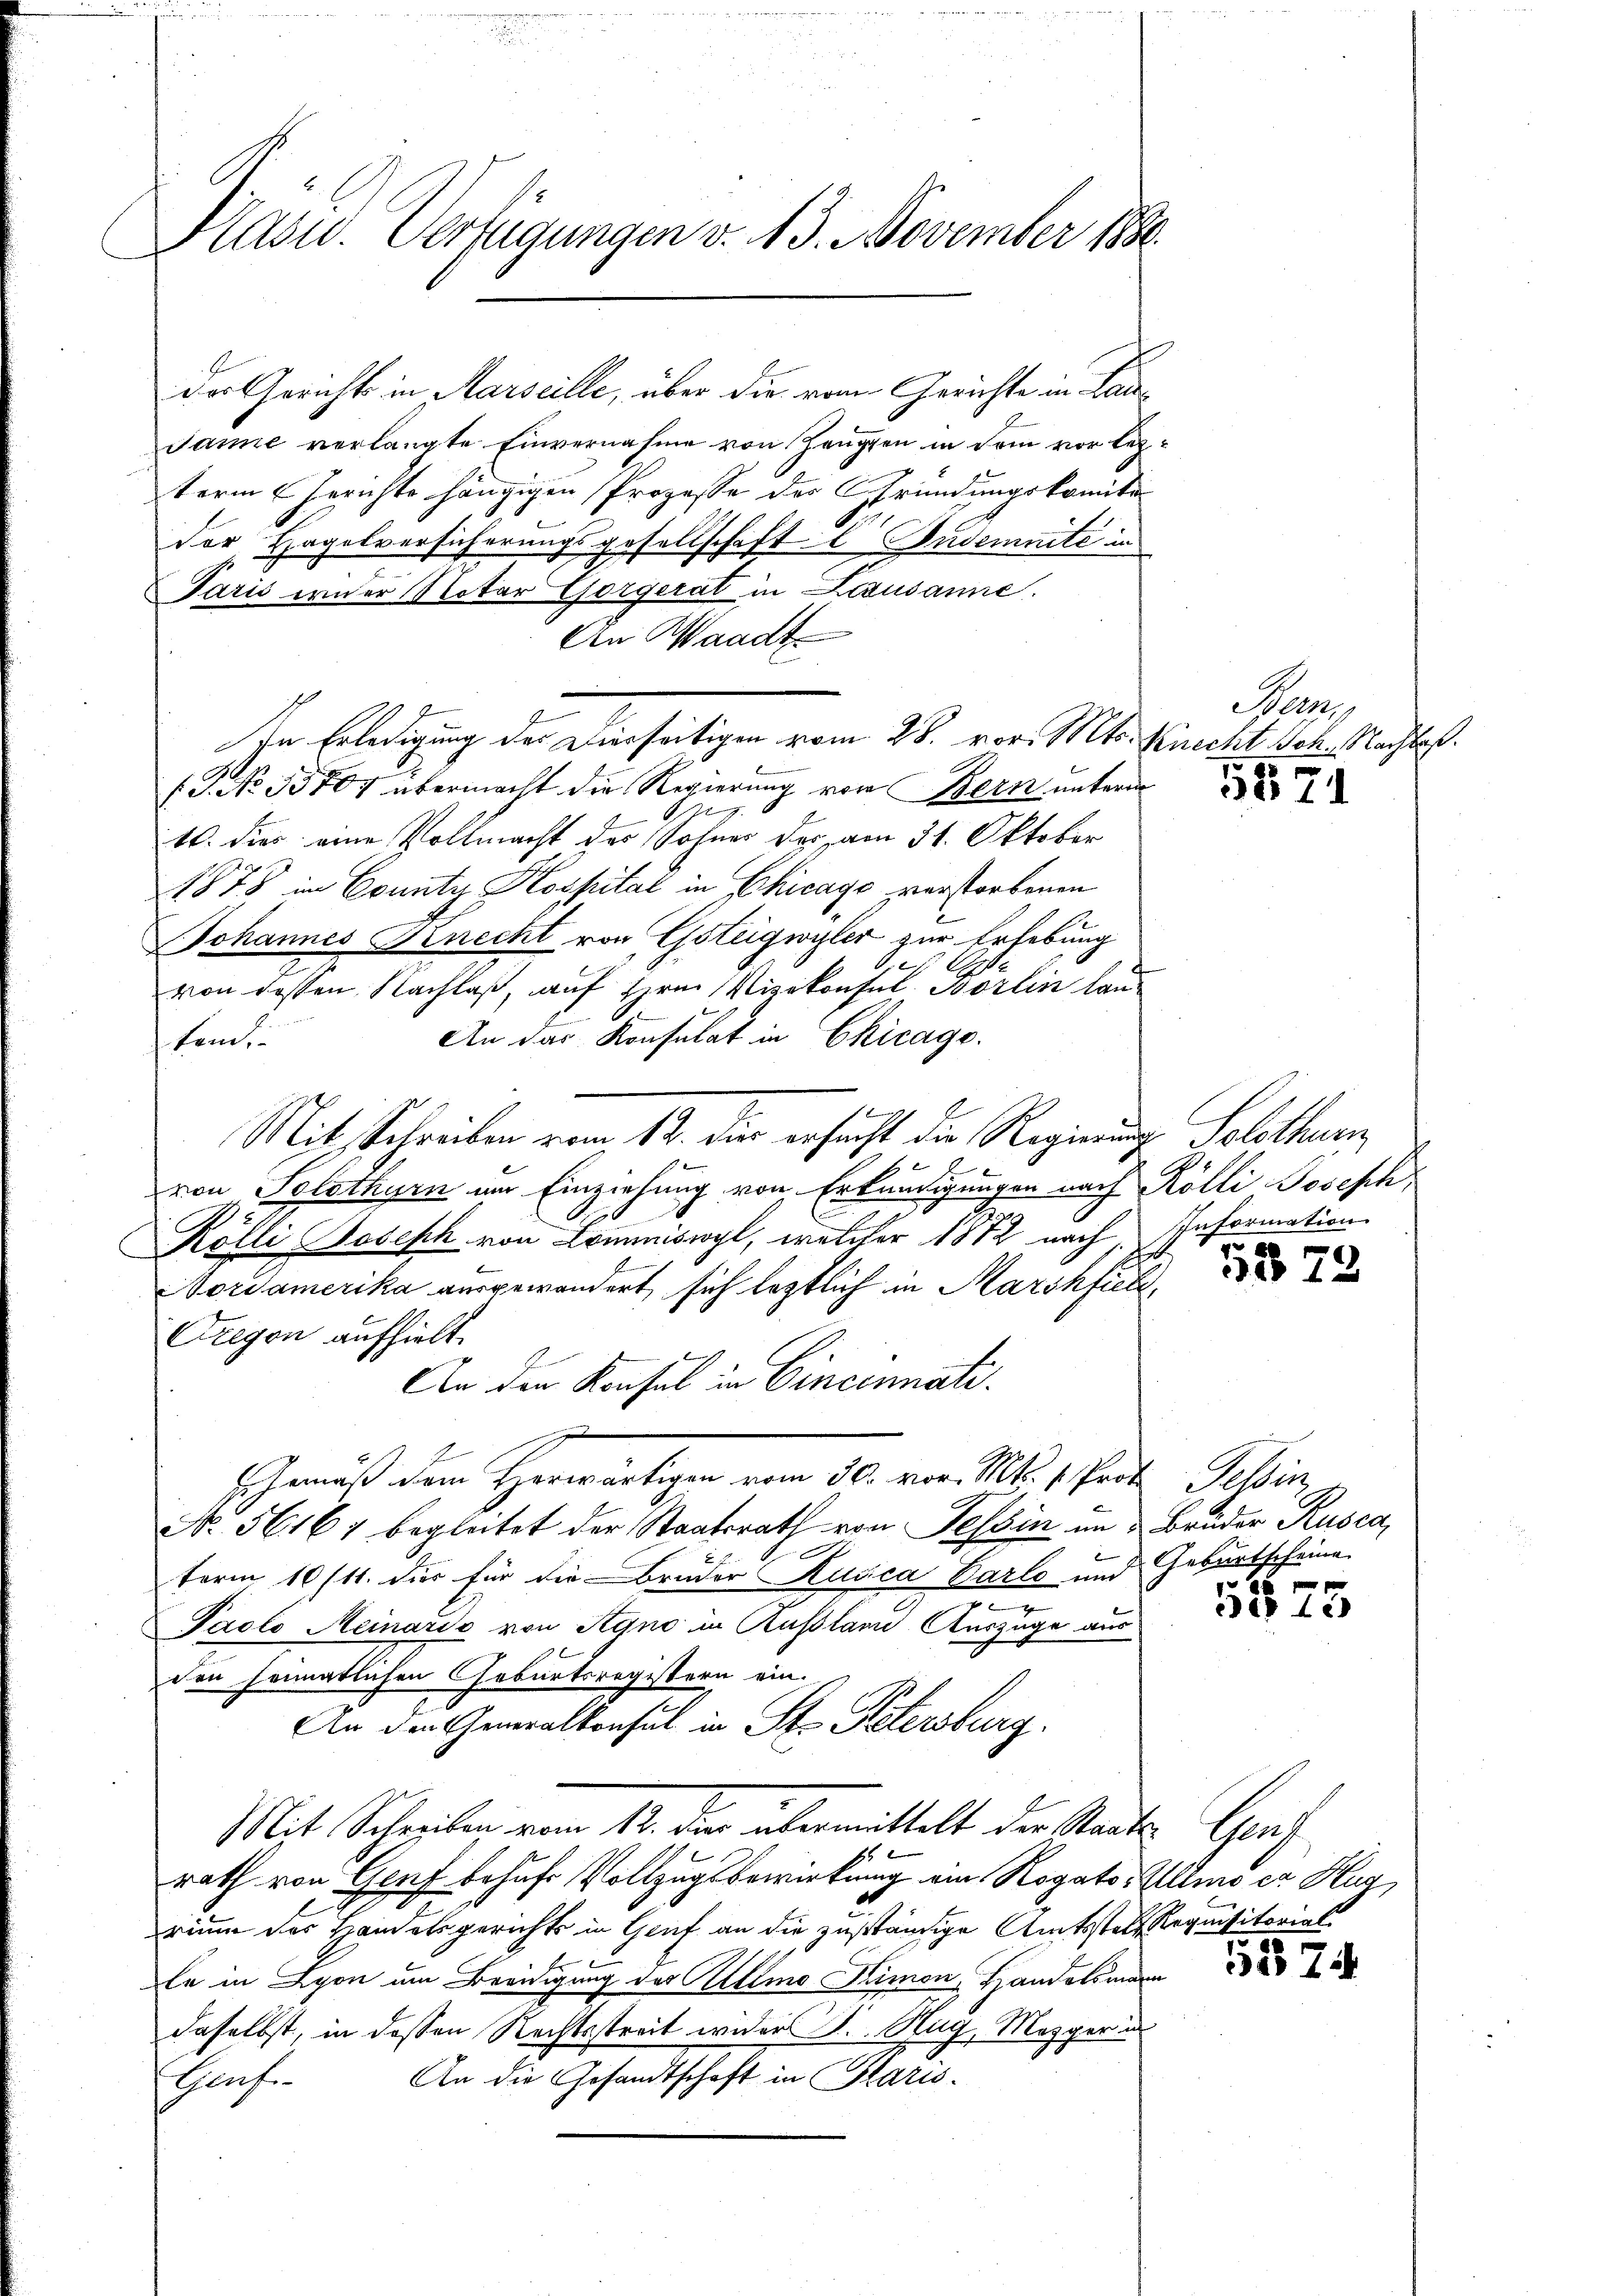
Präsid. Verfügungen v. 13. November 1890.

Der Gerichts in Marseille, über die vom Gerichte in Lade
Jamie verlangte Einvernahme von Zeugen in dem vor lezterm Gerichte hängigen Prozesse der Gründungskomite
der Hagelversicherungsgesellschaft E Sudemnité in
Paris wieder Notar Gorgerat in Lezusanne.
An Waadt
In Erledigung der Dierseitigen vom 28. vor. Mts. Knecht Sch. Nachtes.
(G. No 15807 übermacht die Regierung von Bern unterm
A
10. dies eine Vollmacht des Sohner das am 31. Oktober
1878 in County Hospital in Chicage verstorbenen
Johannes Knecht von Gsteigwyler zur Erhebung
O
von dessen Nachlaß, auf Hrn. Vizekonsul Borlin lau¬
An das Konsulat in Chicage.
tand.
Mit Schreiben vom 12. dir ersucht die Regierung Solothur
von Solothyrn im Einziehung von Erkundigungen nach Rölli Joseph
Kölli Joseph von Lommiswyl, welcher 1872 nach Information
Nordamerika ausgewandert, sich leztlich in Marshfick¬
Gregon aufhielt.
An den Konsul in Cincennati
Gemäß dem Herwärtigen vom 30. von M. Part
No. 56161 begleitet der Staatsrath von Tessin im Bruder Rusca,
ferm 10/11. dies für die Bruder Kusca Barto und Geburtscheine
r
Paclo Meinario von Syno in Ausland Auszüge aus
den heimatlichen Geburtsregistern ein.
An den Generalkonsul in St. Petersburg.
Mit Schreiben vom 12. dies übermittelt der Staats- Genf
rath von Genf behufe Vollzugsbewirkung ein Rogator Alles er Hag
rium des Handelsgerichts in Genf an die zuständige Amtsstalt Requisitorial
le in Lyon um Beeidigung des Allmo Kimon, Handelsmann
daselbst, in dessen Rechtsstreit wider S. Hug, Mezger i
An die Gesandtschaft in Paris.
Genf

a
5371

2

1873

sbri

5575

5574